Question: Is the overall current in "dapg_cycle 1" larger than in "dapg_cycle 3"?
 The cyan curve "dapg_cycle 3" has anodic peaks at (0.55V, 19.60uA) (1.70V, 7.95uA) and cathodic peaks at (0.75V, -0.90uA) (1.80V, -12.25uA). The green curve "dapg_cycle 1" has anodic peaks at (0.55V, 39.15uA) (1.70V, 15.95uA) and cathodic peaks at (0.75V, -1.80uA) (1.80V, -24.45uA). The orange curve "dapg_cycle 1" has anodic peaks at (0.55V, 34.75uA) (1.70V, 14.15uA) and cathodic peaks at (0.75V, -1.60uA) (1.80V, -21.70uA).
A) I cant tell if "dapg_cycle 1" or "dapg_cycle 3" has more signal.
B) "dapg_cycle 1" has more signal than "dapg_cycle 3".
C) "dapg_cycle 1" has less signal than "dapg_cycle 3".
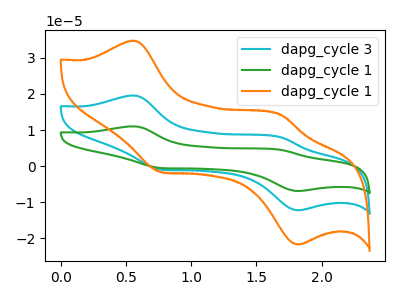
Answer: <think>All the peaks in "dapg_cycle 1" have a peak in "dapg_cycle 3" at the same potential. Every peak in "dapg_cycle 1" is higher than every peak in "dapg_cycle 3".
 </think>
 <answer>B) "dapg_cycle 1" has more signal than "dapg_cycle 3".</answer>
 <eval>B</eval>